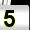
Digit: 5